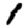
Digit: 1